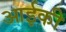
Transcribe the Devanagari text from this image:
आईकी